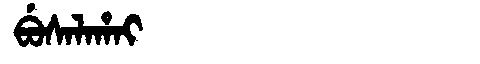
Manchu: ᠪᡠᠰᠠᠯᠠᡥᠠᡳ
Romanization: BUSALAHAI